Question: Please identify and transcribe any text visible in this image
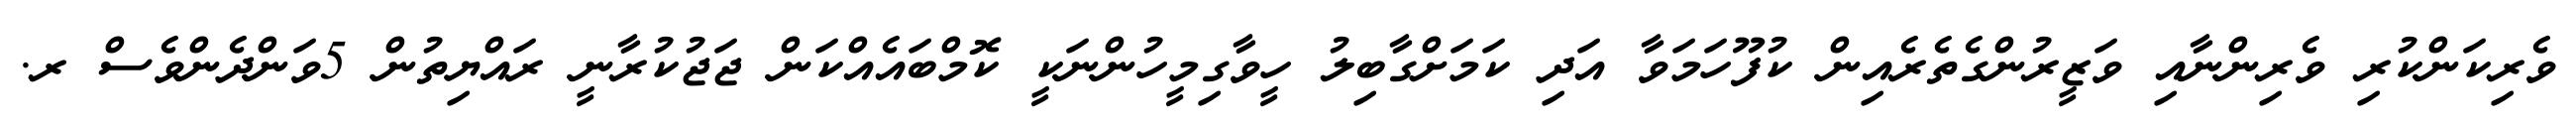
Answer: ވެރިކަންކުރި ވެރިންނާއި ވަޒީރުންގެތެރެއިން ކުފޫހަމަވާ އަދި ކަމަށްގާބިލު ހީވާގިމީހުންނަކީ ކޮމްބައެއްކަން ޖަޖުކުރާނީ ރައްޔިތުން 5ވަންދެންވެސް ރ.